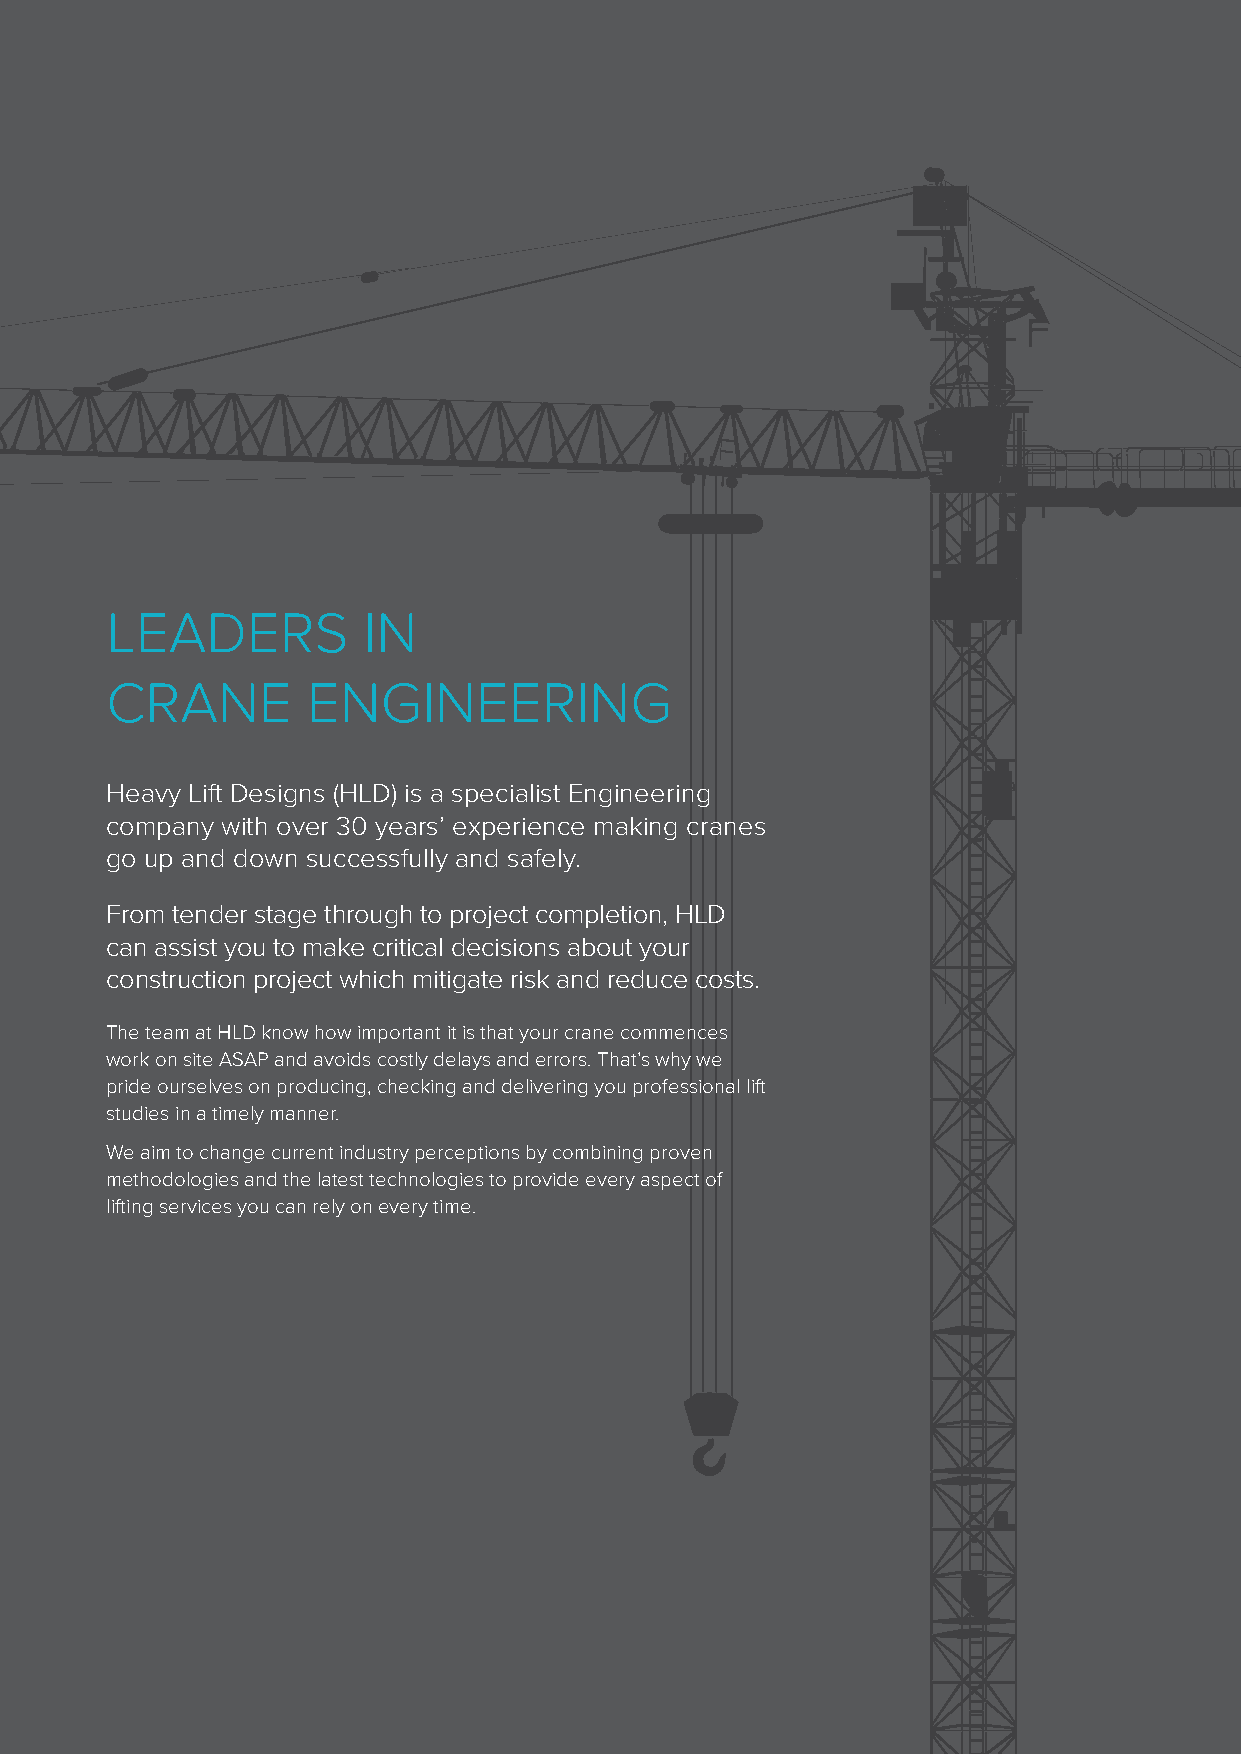
LEADERS          IN
 CRANE        ENGINEERING
 Heavy Lift Designs (HLD) is a specialist Engineering
 company with over 30 years’ experience making cranes
 go up and down successfully and safely.
 From tender stage through to project completion, HLD
 can assist you to make critical decisions about your
 construction project which mitigate risk and reduce costs.
 The team at HLD know how important it is that your crane commences
 work on site ASAP and avoids costly delays and errors. That’s why we
 pride ourselves on producing, checking and delivering you professional lift
 studies in a timely manner.
 We aim to change current industry perceptions by combining proven
 methodologies and the latest technologies to provide every aspect of
 lifting services you can rely on every time.